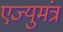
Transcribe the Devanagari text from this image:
एज्युमंत्र